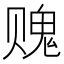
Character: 𰷨